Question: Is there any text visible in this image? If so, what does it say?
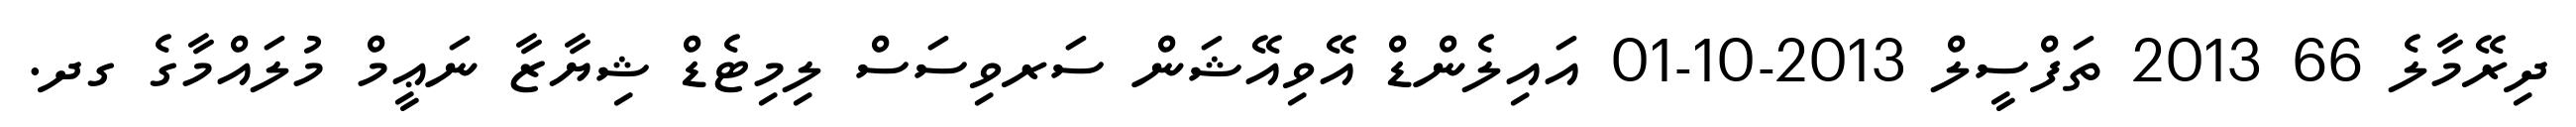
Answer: ދިރޭމާލެ 66 2013 ތަފްސީލް 2013-10-01 އައިލެންޑް އޭވިއޭޝަން ސަރވިސަސް ލިމިޓެޑް ޝިޔާޒާ ނަޢީމް މުލައްމާގެ ގދ.